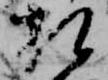
相